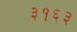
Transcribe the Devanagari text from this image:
३१६३